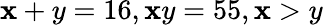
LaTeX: \mathbf{x}+y=16,\mathbf{x}y=55,\mathbf{x}>y